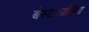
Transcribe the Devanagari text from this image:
बेस्टफ़ालिया